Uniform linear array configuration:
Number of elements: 32
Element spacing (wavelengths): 0.5
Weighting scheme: uniform
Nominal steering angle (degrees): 45
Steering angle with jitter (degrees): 45.65
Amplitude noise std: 0.05
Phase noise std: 0.05

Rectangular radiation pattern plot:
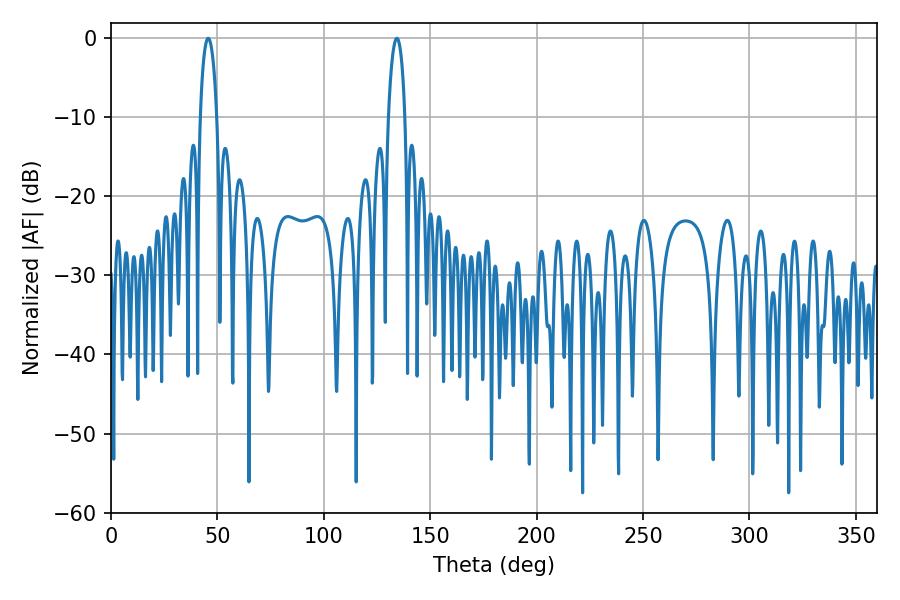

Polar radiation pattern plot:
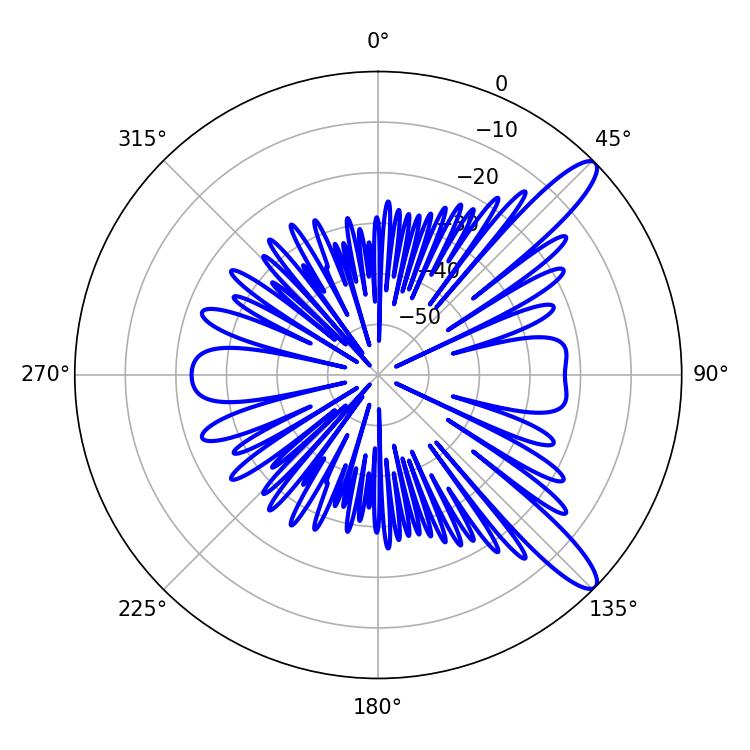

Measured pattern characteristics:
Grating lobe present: FALSE
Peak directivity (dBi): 12.016
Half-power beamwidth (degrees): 4.32
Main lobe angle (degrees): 45.72